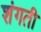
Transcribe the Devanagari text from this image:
शंगती